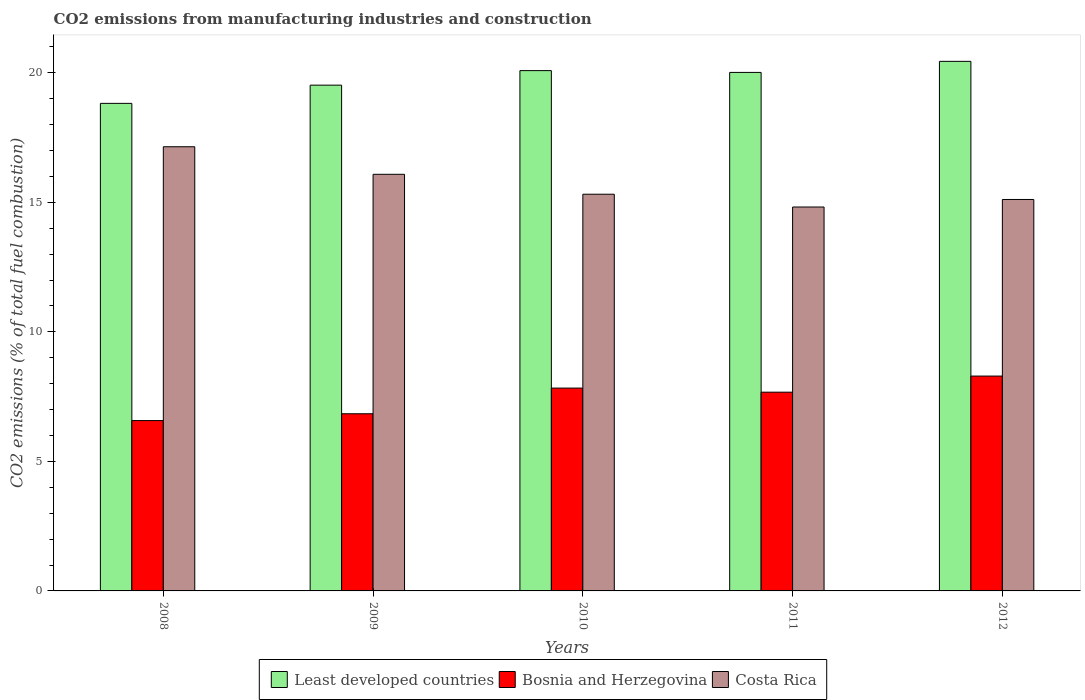
| Years | Least developed countries | Bosnia and Herzegovina | Costa Rica |
 | --- | --- | --- | --- |
 | 2008 | 18.8 | 6.58 | 17.1 |
 | 2009 | 19.5 | 6.84 | 16.1 |
 | 2010 | 20.1 | 7.83 | 15.3 |
 | 2011 | 20 | 7.67 | 14.8 |
 | 2012 | 20.4 | 8.29 | 15.1 |